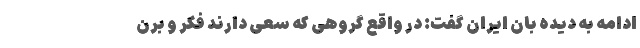
ادامه به دیده بان ایران گفت: در واقع گروهی که سعی دارند فکر و برن